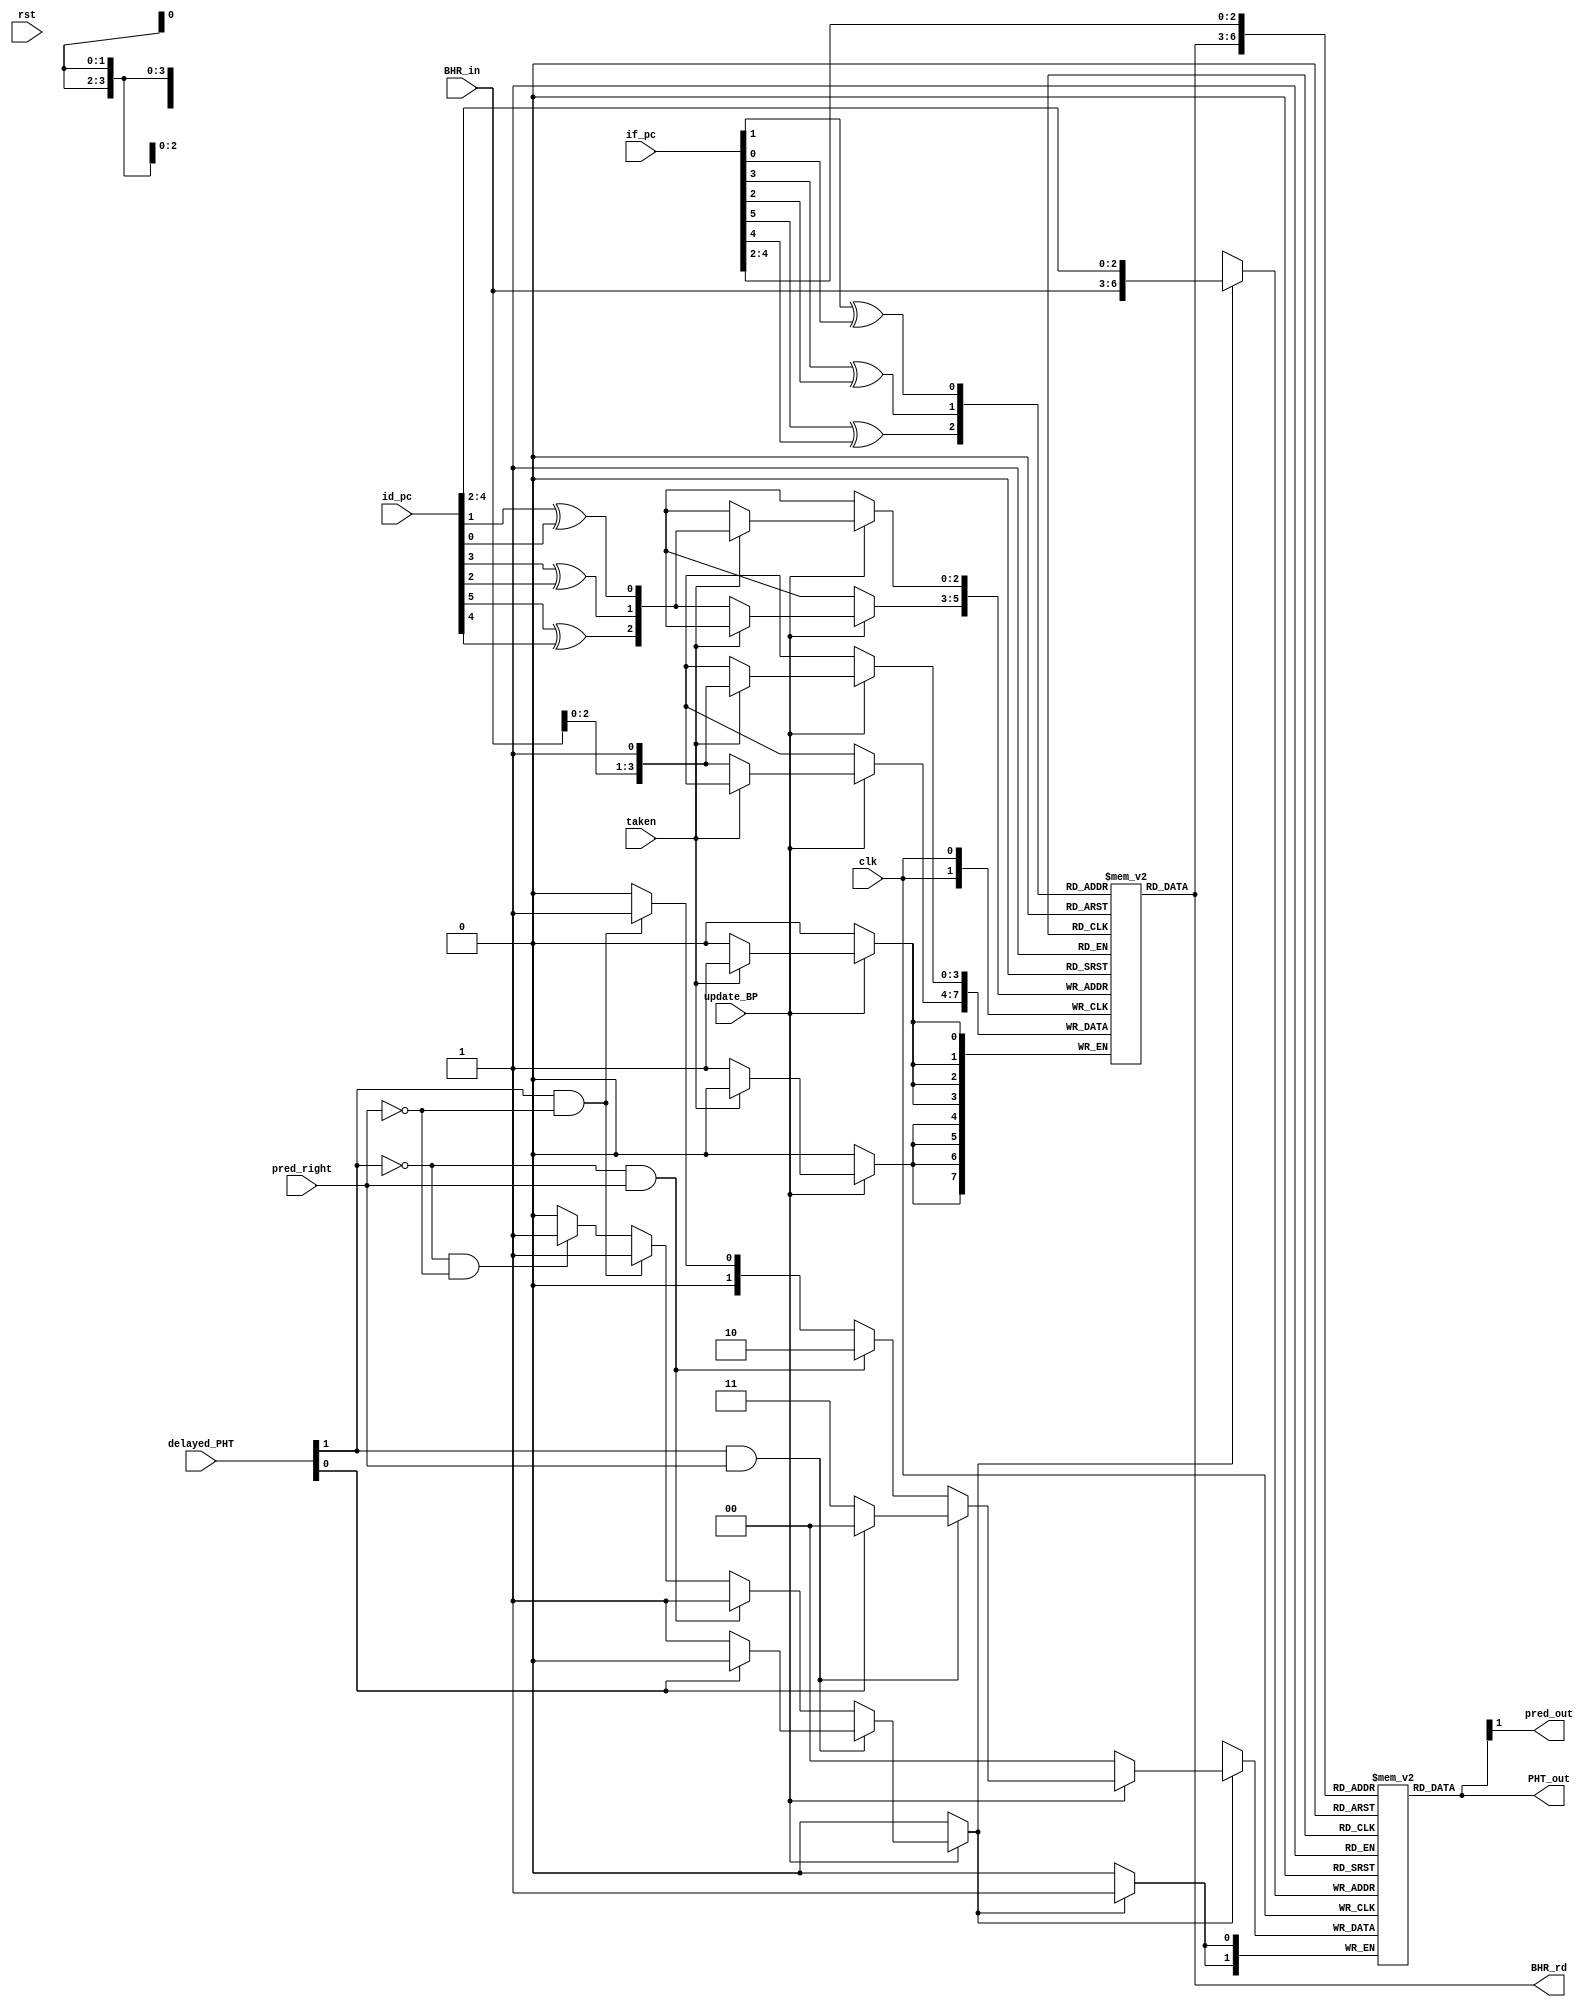
module  core_pht(
                   clk,
                   rst,
                   if_pc,  
                   id_pc,  
                   update_BP,
                   pred_right,
                   taken,
                   BHR_in,
                   delayed_PHT,
                   pred_out,
                   BHR_rd,
                   PHT_out
                   );
input               clk;
input               rst;
input               update_BP;
input               pred_right;
input               taken;
input     [5:0]     if_pc;  
input     [5:0]     id_pc;  
input     [3:0]     BHR_in;          
input     [1:0]     delayed_PHT;
output              pred_out; 
output    [3:0]     BHR_rd;
output    [1:0]     PHT_out;
wire  [1:0]   PHT_out;
wire  [3:0]   BHR_rd;
reg           en_update_PHT;
reg   [1:0]   PHT_in;
reg   [3:0]  BHT [7:0];
reg   [1:0]  PHT [127:0];
wire  [6:0]  index_PHT_id;
wire  [6:0]  index_PHT_if;
assign   index_PHT_if={BHR_rd,if_pc[4:2]};
assign   index_PHT_id={BHR_in,id_pc[4:2]};
wire    [2:0]   index_BHT_if;
wire    [2:0]   index_BHT_id;
assign   index_BHT_if={if_pc[5]^if_pc[4],if_pc[3]^if_pc[2],if_pc[1]^if_pc[0]};
assign   index_BHT_id={id_pc[5]^id_pc[4],id_pc[3]^id_pc[2],id_pc[1]^id_pc[0]};
always@(posedge clk)
begin
 if(update_BP)
    begin
      if(taken)
          BHT[index_BHT_id]<={BHR_in[2:0],1'b1};
      else
          BHT[index_BHT_id]<={BHR_in[2:0],1'b1};
    end
end
always@(posedge clk)
begin
  if(en_update_PHT)
    begin
      PHT[index_PHT_id]<=PHT_in;
    end
end
always@(*)
begin
  en_update_PHT=1'b0;
  PHT_in=2'b00;
  if(update_BP)
    begin
      if(delayed_PHT[1]&&pred_right)
        begin
          if(delayed_PHT[0]==1'b0)
            begin
              en_update_PHT=1'b1;
              PHT_in=2'b11;
            end
        end
      else if((!delayed_PHT[1])&&pred_right)
        begin
          en_update_PHT=1'b1;
          PHT_in=2'b10;
        end
      else if(delayed_PHT[1]&&(!pred_right))
        begin
          en_update_PHT=1'b1;
          PHT_in=2'b01;
        end
      else if((!delayed_PHT[1])&&(!pred_right))
        begin
          en_update_PHT=1'b1;
          PHT_in=2'b00;
        end
    end
end
assign   BHR_rd=BHT[index_BHT_if];
assign  PHT_out=PHT[index_PHT_if];
assign  pred_out=PHT_out[1];
endmodule